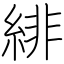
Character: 緋